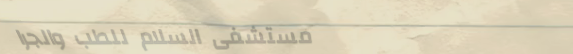
مستشفى السلام للطب والجرا